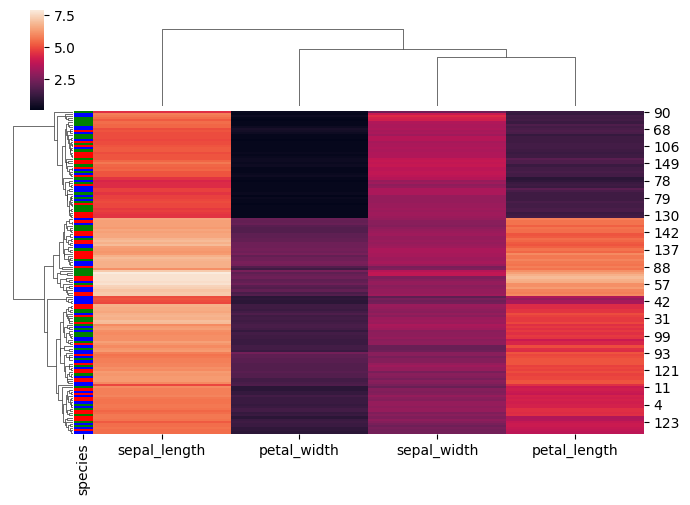
python, seaborn, clustermap, figsize=(7, 5), row_cluster=True, dendrogram_ratio=(0.1, 0.2), cbar_pos=(0.05, 0.8, 0.02, 0.2)